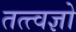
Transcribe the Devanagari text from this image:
तत्त्वज्ञो